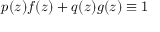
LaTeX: p ( z ) f ( z ) + q ( z ) g ( z ) \equiv 1